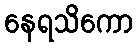
နေရသိကော